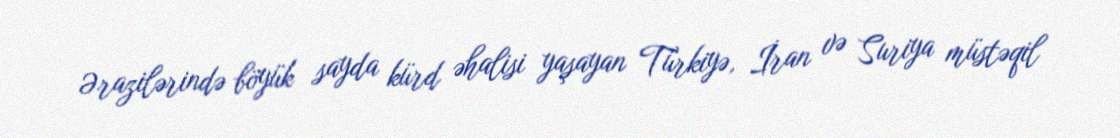
Ərazilərində böyük sayda kürd əhalisi yaşayan Türkiyə, İran və Suriya müstəqil